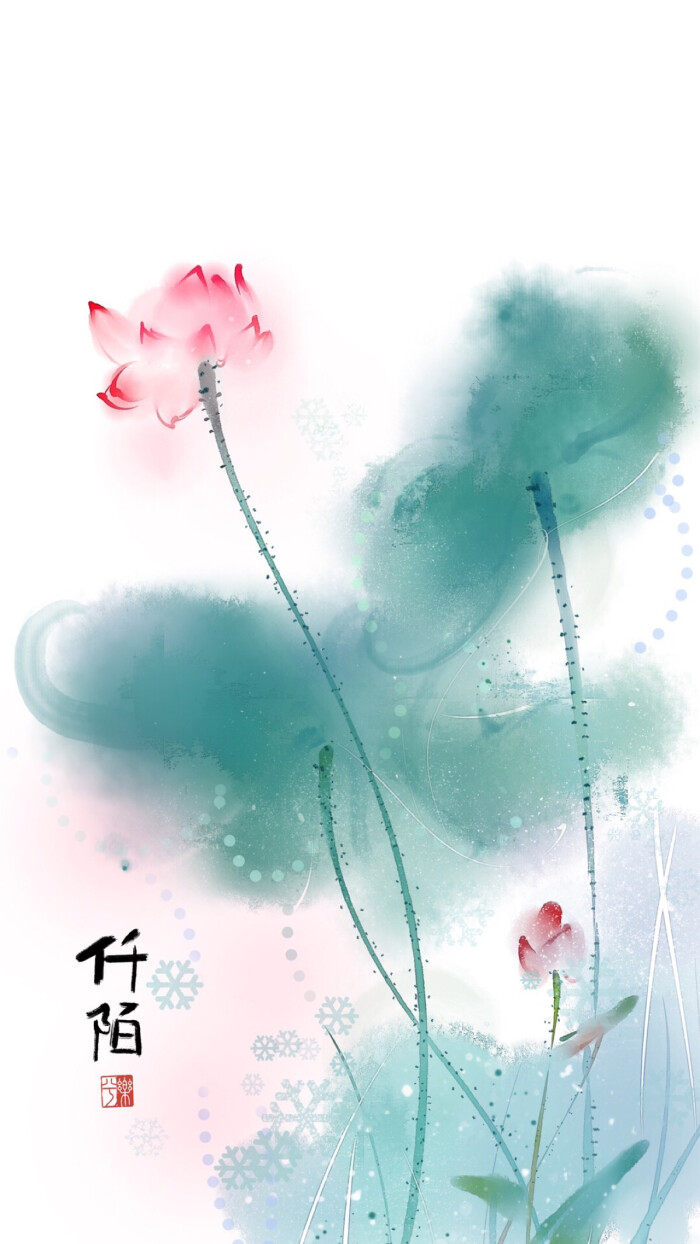
可堪更近乾龙节。眼中泪尽空啼血。